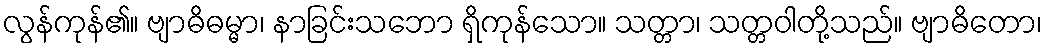
လွန်ကုန်၏။ ဗျာဓိဓမ္မာ၊ နာခြင်းသဘော ရှိကုန်သော။ သတ္တာ၊ သတ္တဝါတို့သည်။ ဗျာဓိတော၊